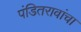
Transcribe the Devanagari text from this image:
पंडितरावांचा